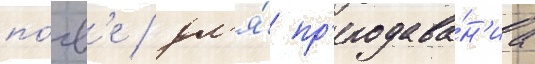
по́чв'е / дл'я́ пр'еподава́н'иа